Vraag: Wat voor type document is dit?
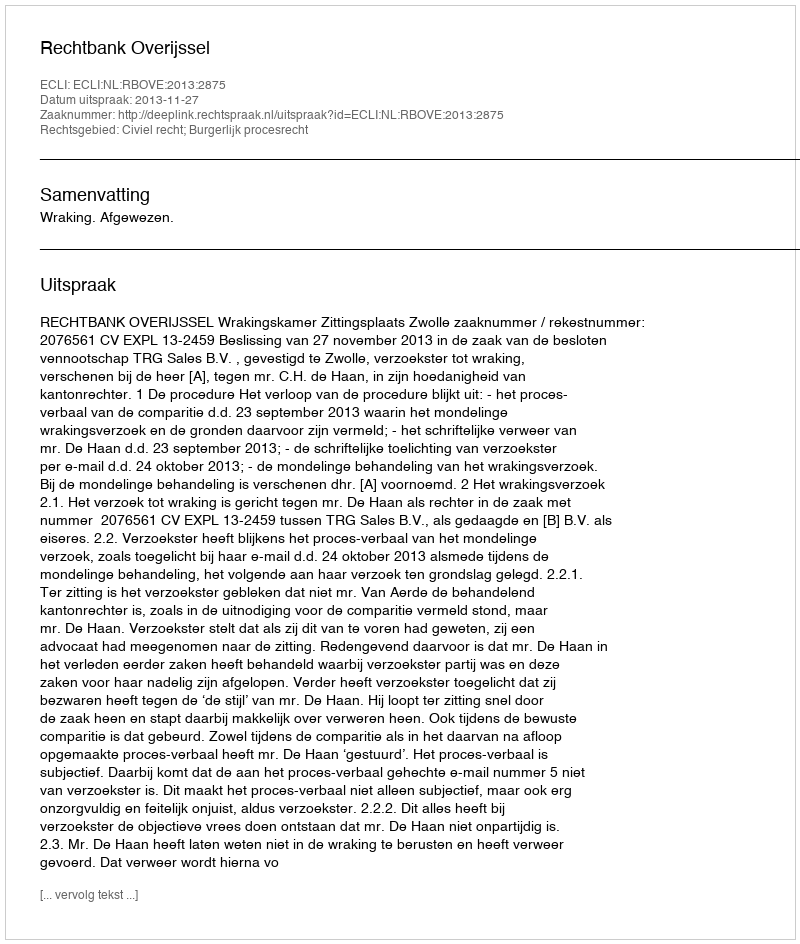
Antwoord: Uitspraak